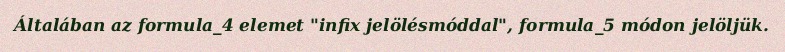
Általában az formula_4 elemet "infix jelölésmóddal", formula_5 módon jelöljük.